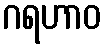
ဂရဟာဝ